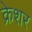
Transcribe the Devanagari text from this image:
क्रेशर